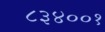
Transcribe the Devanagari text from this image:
८३४००१